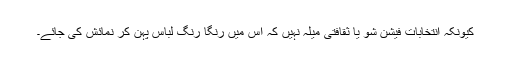
کیونکہ انتخابات فیشن شو یا ثقافتی میلہ نہیں کہ اس میں رنگا رنگ لباس پہن کر نمائش کی جائے۔